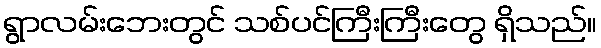
ရွာလမ်းဘေးတွင် သစ်ပင်ကြီးကြီးတွေ ရှိသည်။